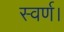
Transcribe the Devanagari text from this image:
स्वर्ण।